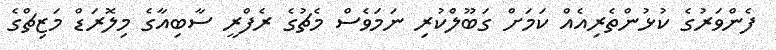
ފެންވަރުގެ ކުޅުންތެރިއެއް ކަމަށް ގަބޫލްކުރި ނަމަވެސް މެޗުގެ ރެފްރީ ސާބިއާގެ މިލޮރަޑް މަޒިޗްގެ